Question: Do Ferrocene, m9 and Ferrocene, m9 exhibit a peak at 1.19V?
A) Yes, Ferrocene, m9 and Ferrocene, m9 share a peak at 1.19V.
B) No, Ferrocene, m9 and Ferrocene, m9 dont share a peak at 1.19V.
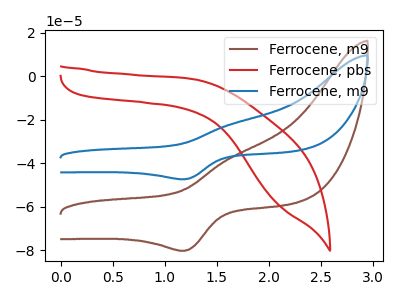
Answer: <think>The brown curve "Ferrocene, m9" has an anodic peak at (1.65V, -37.45uA) and a cathodic peak at (1.20V, -80.35uA). The red curve "Ferrocene, pbs" has no peaks. The blue curve "Ferrocene, m9" has an anodic peak at (1.65V, -22.15uA) and a cathodic peak at (1.20V, -47.45uA).</think>
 <answer>A) Yes, "Ferrocene, m9" and "Ferrocene, m9" share a peak at 1.19V.</answer>
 <eval>A</eval>